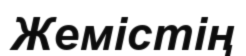
Жемістің